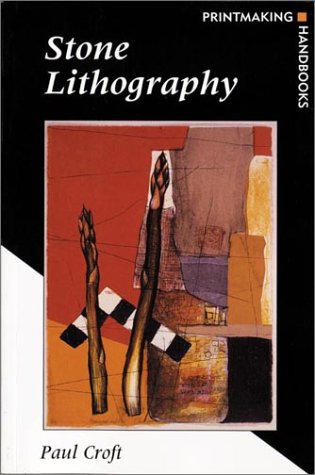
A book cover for Stone Lithography (Printmaking Handbooks); Paul Croft; Arts & Photography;